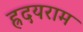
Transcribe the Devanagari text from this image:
ह्रदयराम